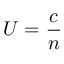
U = { \frac { c } { n } }